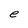
Character: e